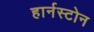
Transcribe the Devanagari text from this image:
हार्नस्टोन